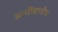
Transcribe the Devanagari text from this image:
सन्धींसाठीच